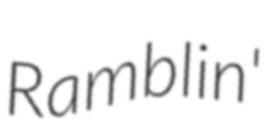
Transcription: Ramblin'